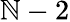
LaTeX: \mathbb{N}-2